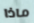
ماذا